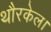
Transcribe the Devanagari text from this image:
थौरकेल।